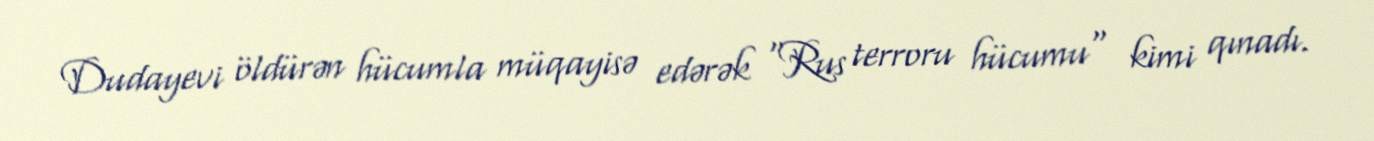
Dudayevi öldürən hücumla müqayisə edərək "Rus terroru hücumu" kimi qınadı.